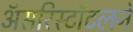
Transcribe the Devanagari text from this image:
अॅसरिस्टॉटलने